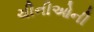
ચીનીઓની